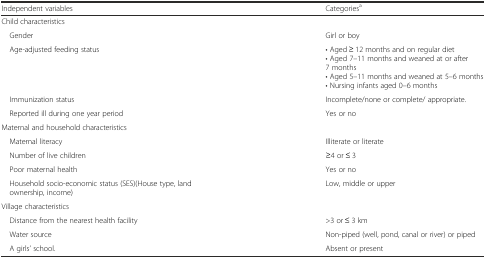
| Independent variables | Categoriesa |
 | --- | --- |
 | <COLSPAN=2> Child characteristics |
 | Gender | Girl or boy |
 | Age-adjusted feeding status | • Aged ≥ 12 months and on regular diet• Aged 7–11 months and weaned at or after 7 months• Aged 5–11 months and weaned at 5–6 months• Nursing infants aged 0–6 months |
 | Immunization status | Incomplete/none or complete/ appropriate. |
 | Reported ill during one year period | Yes or no |
 | <COLSPAN=2> Maternal and household characteristics |
 | Maternal literacy | Illiterate or literate |
 | Number of live children | ≥4 or ≤ 3 |
 | Poor maternal health | Yes or no |
 | Household socio-economic status (SES)(House type, land ownership, income) | Low, middle or upper |
 | <COLSPAN=2> Village characteristics |
 | Distance from the nearest health facility | >3 or ≤ 3 km |
 | Water source | Non-piped (well, pond, canal or river) or piped |
 | A girls’ school. | Absent or present |